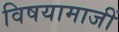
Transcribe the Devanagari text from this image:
विषयामाजीं